Riigikantselei, lk 12
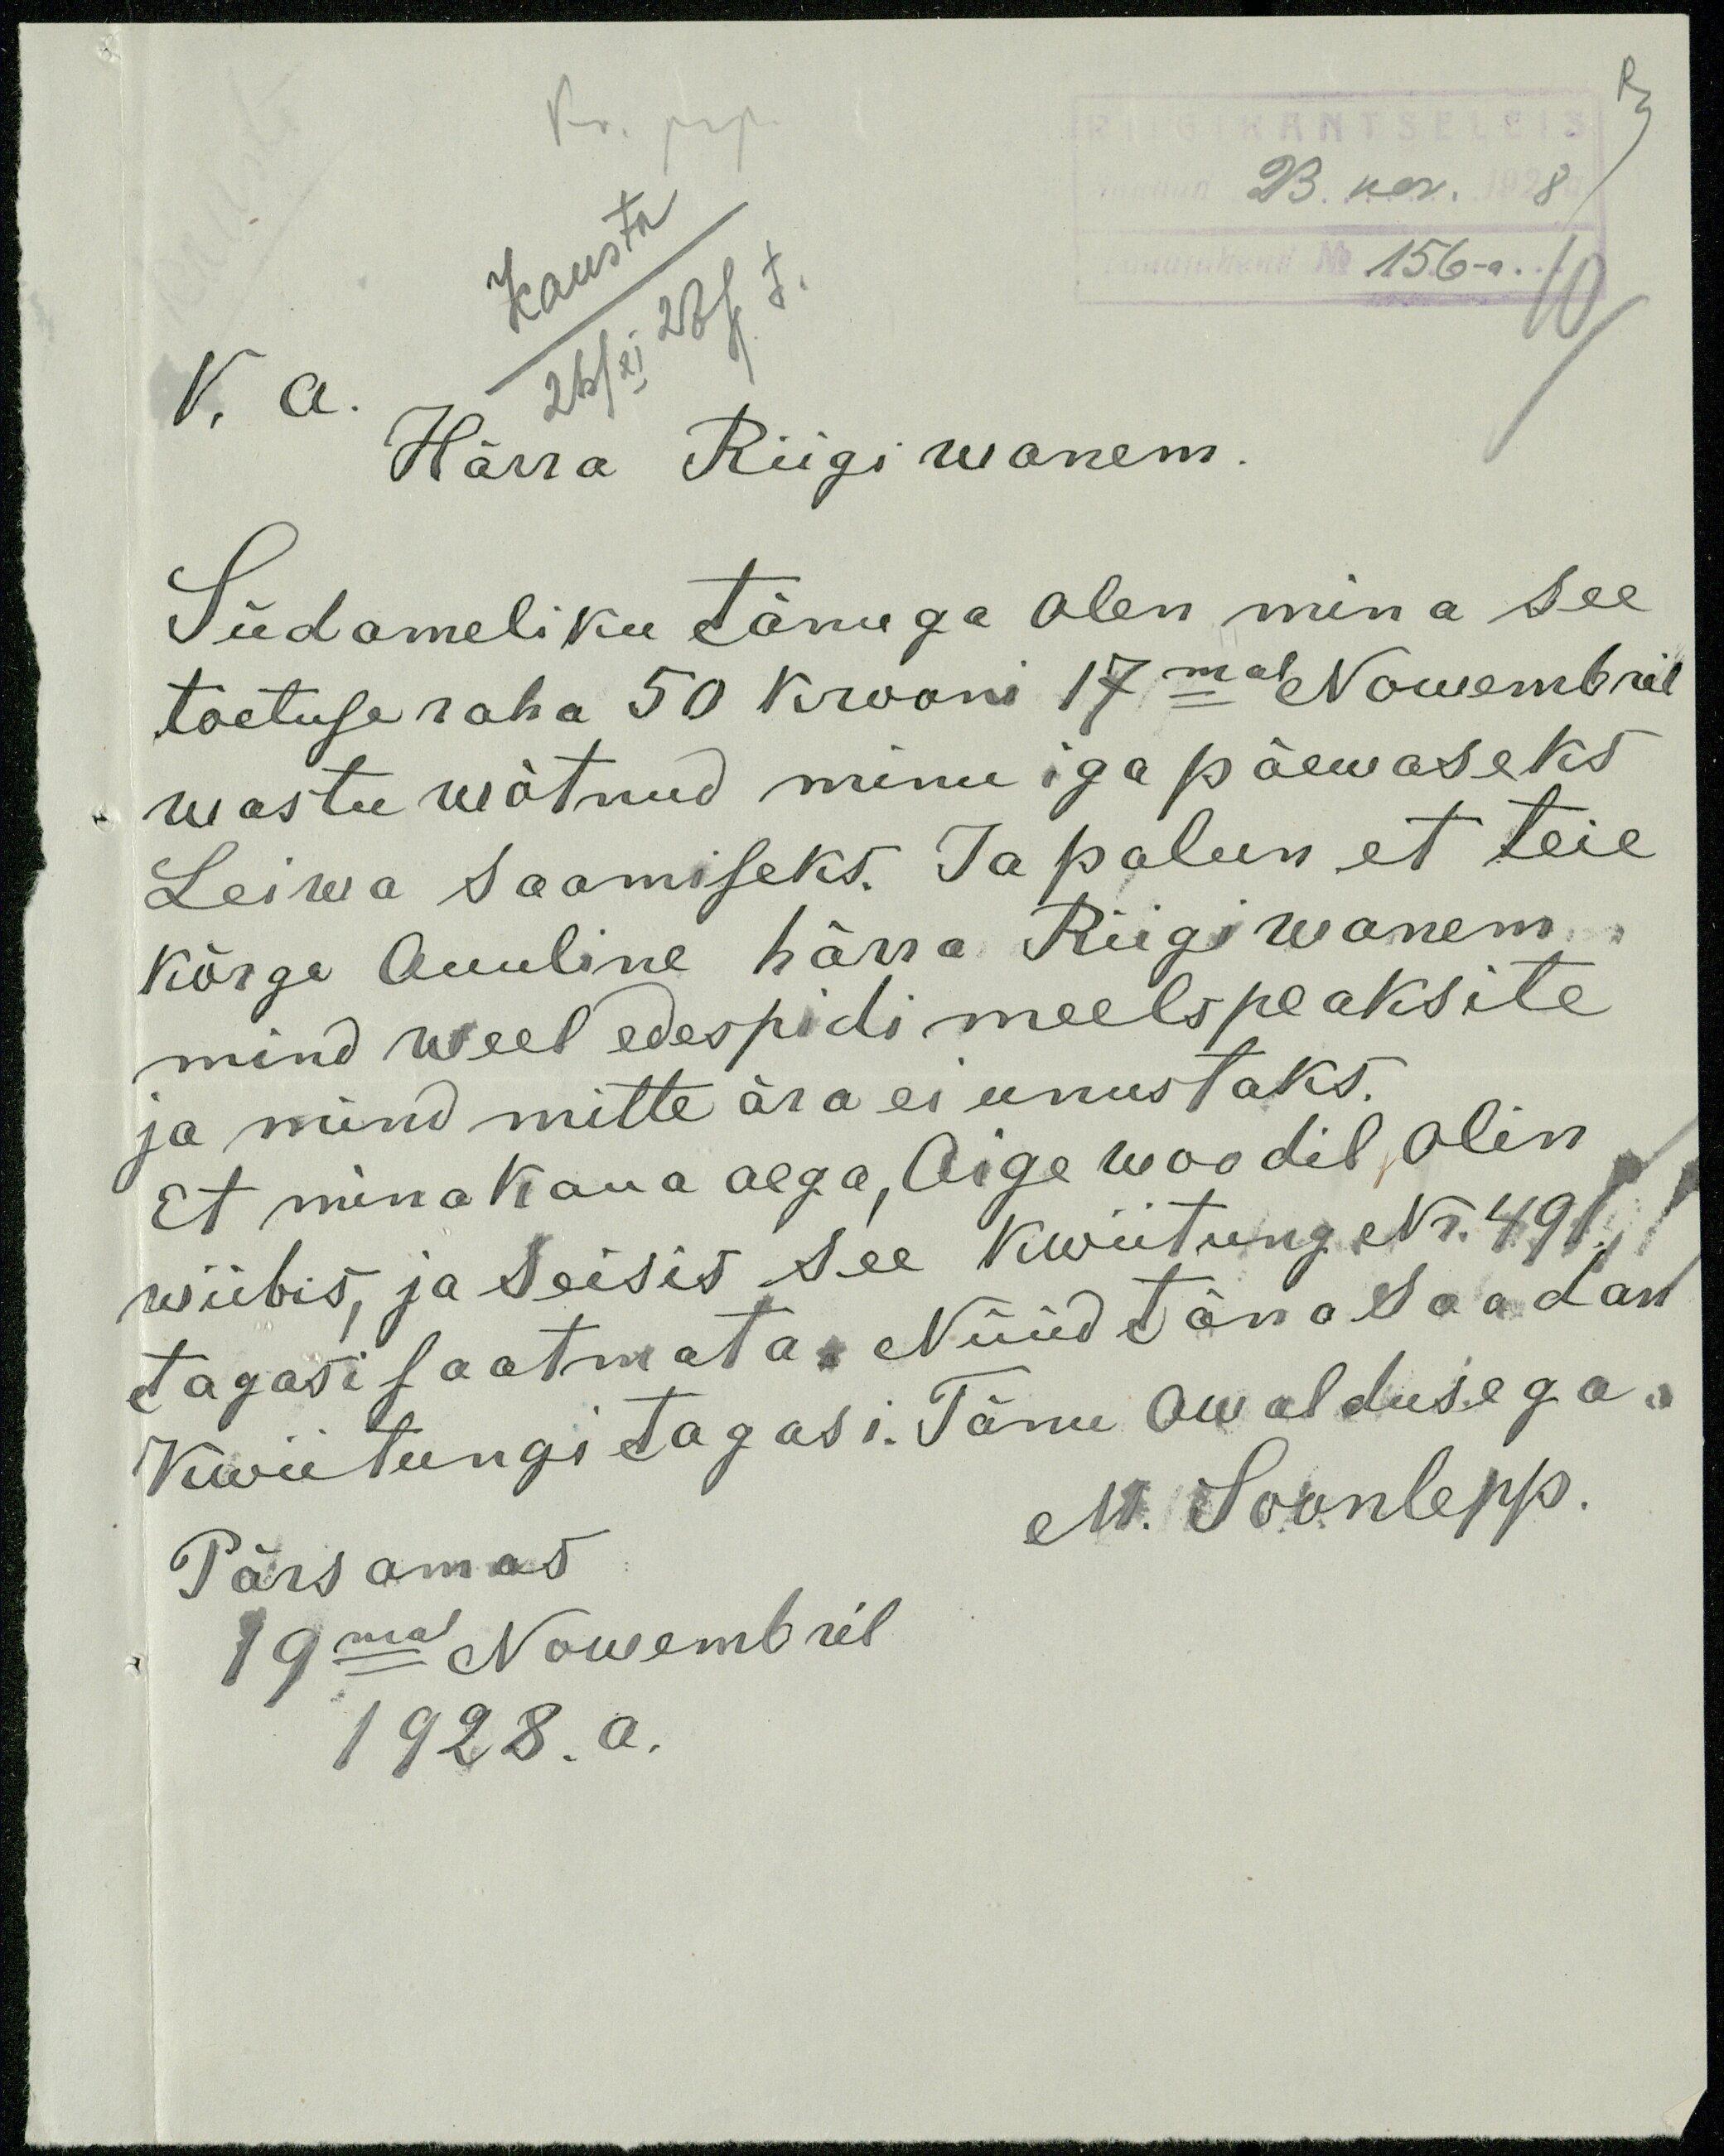
RIIGIKANTSELEIS
saadud 23. nov. 1928a
Lauajuhend No 156 - a.
10
V.a
Härra Riigiwanem
Südameliku tänuga olen mina see
toetuse raha 50 krooni 17mal Nowembril
wastu wõtnud minu igapäewaseks
Leiwa saamiseks. Ja palun et teie
kõrge Auuline härra Riigiwanem
mind weel edespidi meels peaksite
ja mind mitte ära ei unustaks.
Et mina kaua aega, Aige voodil olin
wiibis, ja seisis see kwiitung Nr. 491
tagasi saatmata. Nüüd täna saadan
Kwiitungi tagasi. Tänu awaldusega
M. Soonlepp.
Pärsamas
19 mal Nowembril
1928.a.